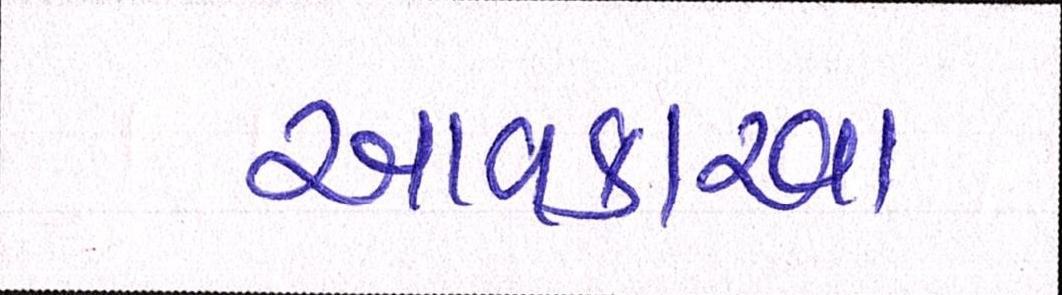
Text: આવકારવા